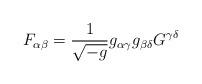
LaTeX: \begin{align*} F_{\alpha \beta} = \frac{1}{\sqrt{-g}} g_{\alpha \gamma} g_{\beta \delta} G^{\gamma \delta}\end{align*}